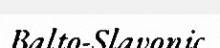
Balto-Slavonic